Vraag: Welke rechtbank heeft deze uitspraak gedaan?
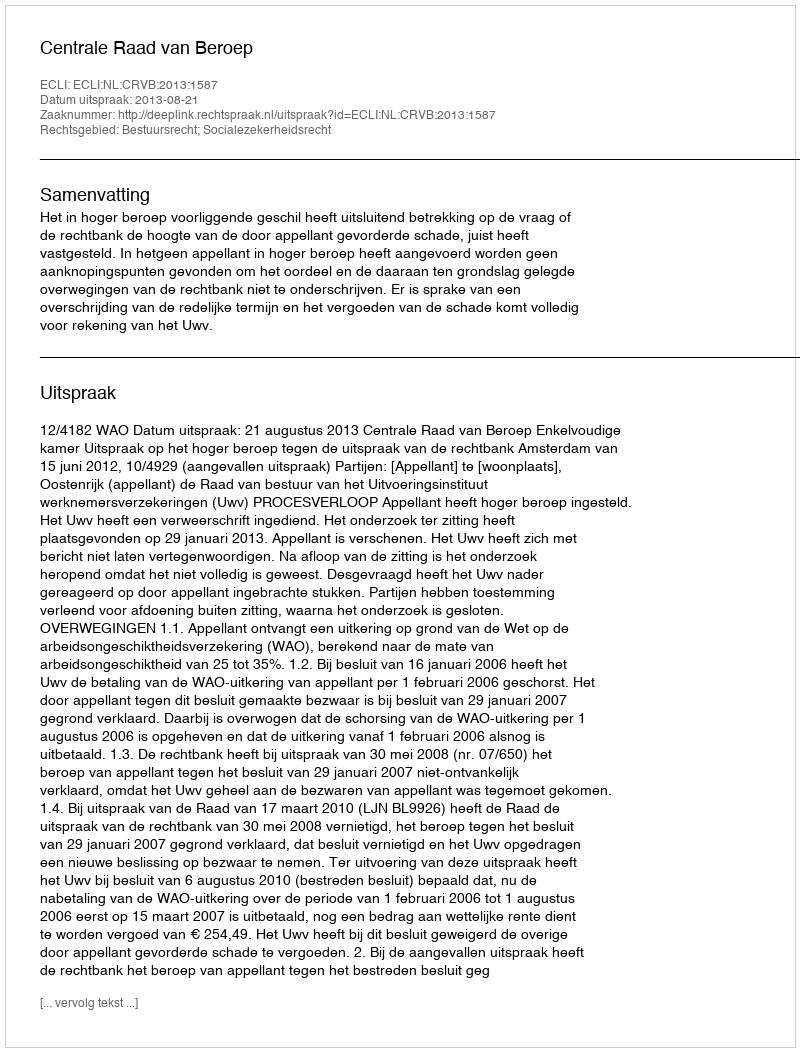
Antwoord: Centrale Raad van Beroep